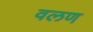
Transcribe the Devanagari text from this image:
वलण